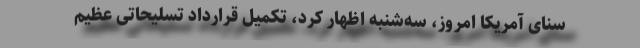
سنای آمریکا امروز، سه‌شنبه اظهار کرد، تکمیل قرارداد تسلیحاتی عظیم